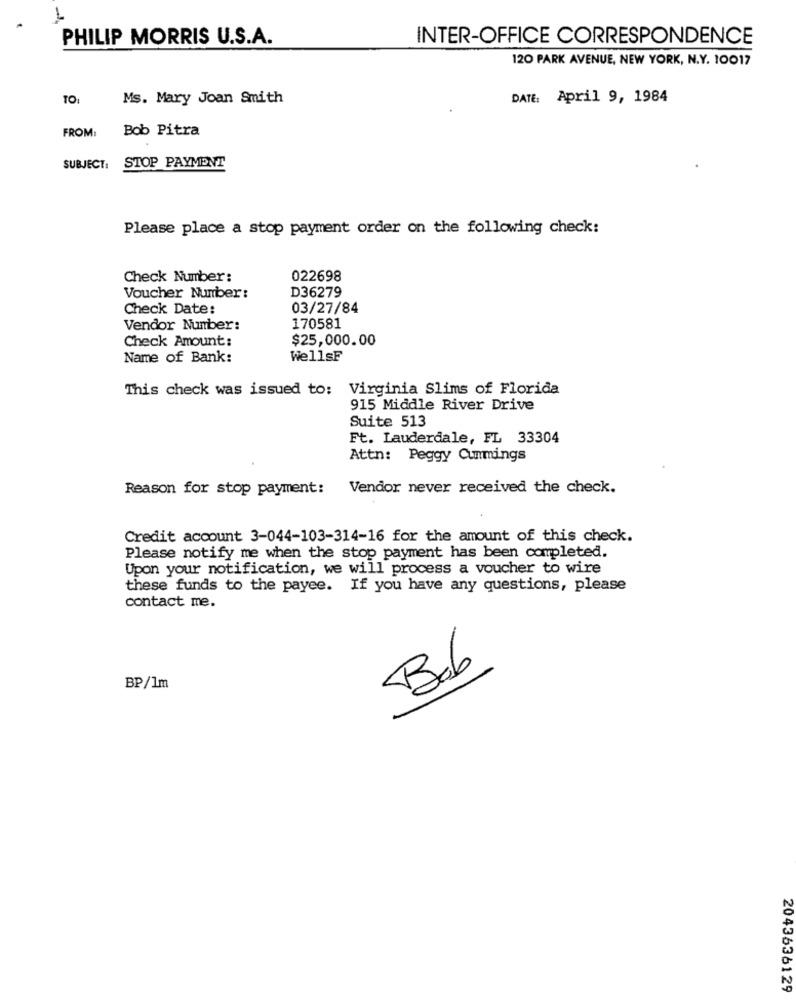
PHILIP MORRIS U.S.A.
INTER-OFFICE CORRESPONDENCE
120 PARK AVENUE, NEW YORK, N.Y. 10017
TO:
Ms. Mary Joan Smith
DATE: April 9, 1984
FROM:
Bob Pitra
SUBJECT:
STOP_PAYMENT
Please place a stop payment order on the following check:
Check Number:
022698
D36279
Voucher Number:
Check Date:
03/27/84
170581
Vendor Number:
Check Amount:
$25,000.00
Name of Bank:
WellsF
This check was issued to: Virginia Slims of Florida
915 Middle River Drive
Suite 513
Ft. Lauderdale, FL 33304
Attn: Peggy Cummings
Reason for stop payment:
Vendor never received the check.
Credit account 3-044-103-314-16 for the amount of this check.
Please notify me when the stop payment has been completed.
Upon your notification, we will process a voucher to wire
these funds to the payee. If you have any questions, please
contact me.
Bob
BP/1m
2043636129